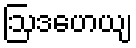
ဩဒဟေယျ